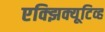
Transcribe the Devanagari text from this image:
एक्झिक्यूटिव्ह